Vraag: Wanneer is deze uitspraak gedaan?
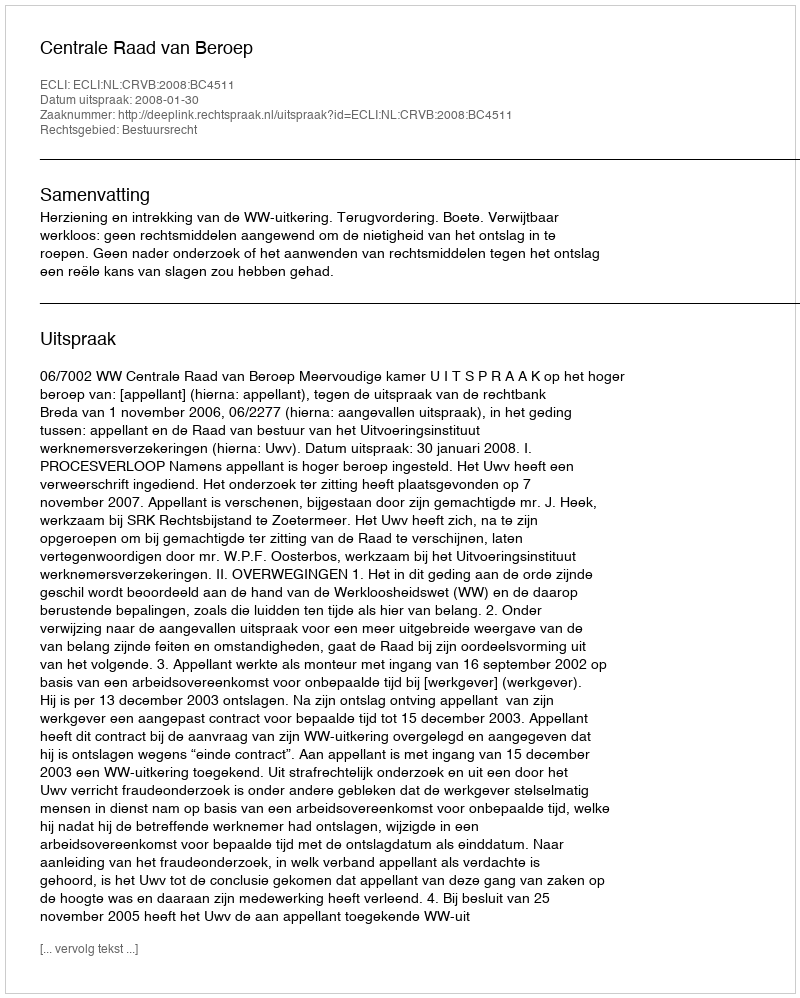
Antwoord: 2008-01-30